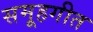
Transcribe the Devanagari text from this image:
समूहगीत